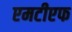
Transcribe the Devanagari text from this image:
एमटीएफ